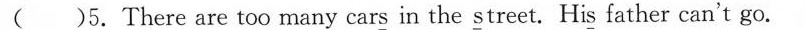
( )5.There are too many cars in the street. His father can't go.